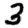
Digit: 3